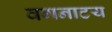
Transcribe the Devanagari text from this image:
वगनाटय